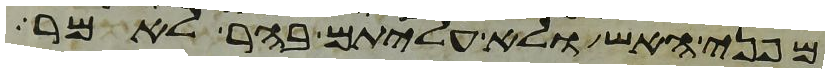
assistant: מפני האש ולא עליתם בהר לאמר